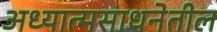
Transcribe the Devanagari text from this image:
अध्यात्मसाधनेतील